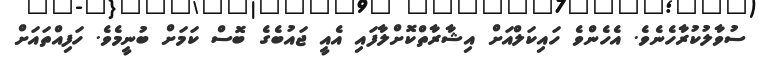
ސުވާލުކުރާހެނެވެ. އެހެންވެ ހައިކަލްއަށް އިޝާރާތްކޮށްލާފައި އެއީ ޖައުބެގެ ބޮސް ކަމަށް ބުނީމެވެ. ހަފިއްތައަށް